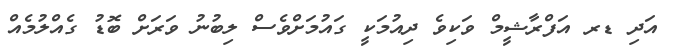
އަދި ޑރ އަފްރާޝީމް ވަކިވެ ދިއުމަކީ ގައުމަށްވެސް ލިބުނު ވަރަށް ބޮޑު ގެއްލުމެއް